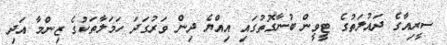
ސީރިއާގެ ދައުލަތުގެ ޓީވީން ބުނާގޮތުގައި އިއްޔެ ދިން ވަރުގަދަ ހަމަލާތަކުގެ ޒިންމާ އަދި